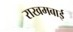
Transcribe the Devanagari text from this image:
राखमबाई